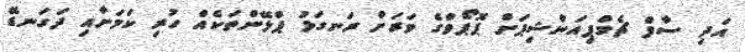
އަދި ސާފް ޗެމްޕިއަންޝިޕަށް ޕޮޕޯވްގެ ވަރަށް ރަނގަޅު ޕްލޭންތަކެއް ހުރި ކަމަށާއި ދަގަނޑޭ